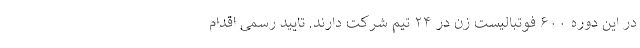
در این دوره ۶۰۰ فوتبالیست زن در ۲۴ تیم شرکت دارند. تایید رسمی اقدام